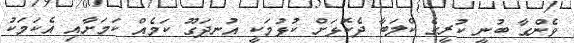
ވެންގާ ބުނީ ކުރީގެ ކްލަބާ ދެކޮޅަށް ކުޅުމަކީ އުނދަގޫ ކަމެއް ކަމަށާއި އެކަމަކު